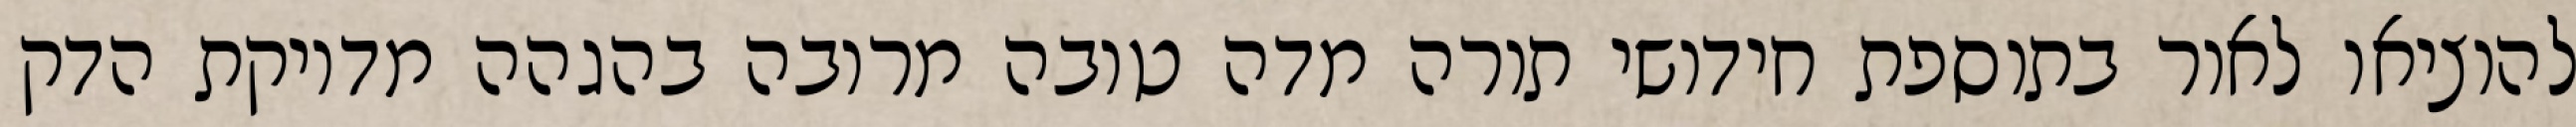
להוציאו לאור בתוספת חידושי תורה מדה טובה מרובה בהגהה מדויקת הדק